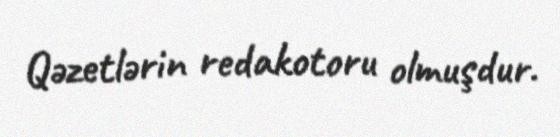
Qəzetlərin redakotoru olmuşdur.